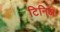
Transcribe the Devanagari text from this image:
टिनिअ